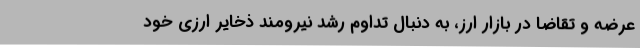
عرضه و تقاضا در بازار ارز، به دنبال تداوم رشد نیرومند ذخایر ارزی خود